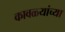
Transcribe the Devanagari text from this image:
कावळ्यांच्या